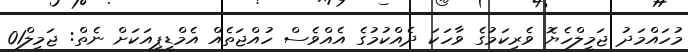
މުހައްމަދު ޖަމީލްހެޔޮ ވެރިކަމުގެ ވާހަކަ ދެއްކުމުގެ އެއްވެސް ހުއްޖަތެއް އެމްޑީޕީއަކަށް ނެތް: ޖަމީލް01